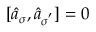
[ \hat { a } _ { \sigma } , \hat { a } _ { \sigma ^ { ' } } ] = 0